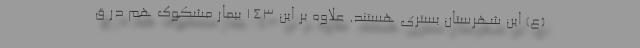
(ع) این شهرستان بستری هستند. علاوه بر این ۱۴۳ بیمار مشکوک هم در ق